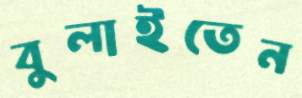
বুলাইতেন